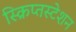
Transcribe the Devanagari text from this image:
स्क्रिप्तस्टेशन